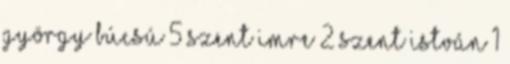
György búcsú 5 Szent Imre 2 Szent István 1